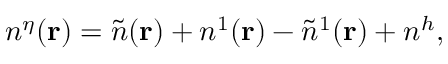
n ^ { \eta } ( { \bf r } ) = \tilde { n } ( { \bf r } ) + n ^ { 1 } ( { \bf r } ) - \tilde { n } ^ { 1 } ( { \bf r } ) + n ^ { h } ,